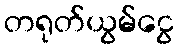
တရုတ်ယွမ်ငွေ